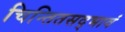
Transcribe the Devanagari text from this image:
चिन्तितसद्भावं